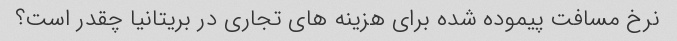
نرخ مسافت پیموده شده برای هزینه های تجاری در بریتانیا چقدر است؟